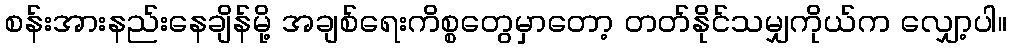
စန်းအားနည်းနေချိန်မို့ အချစ်ရေးကိစ္စတွေမှာတော့ တတ်နိုင်သမျှကိုယ်က လျှော့ပါ။